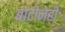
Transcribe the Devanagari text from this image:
बोटीनेही